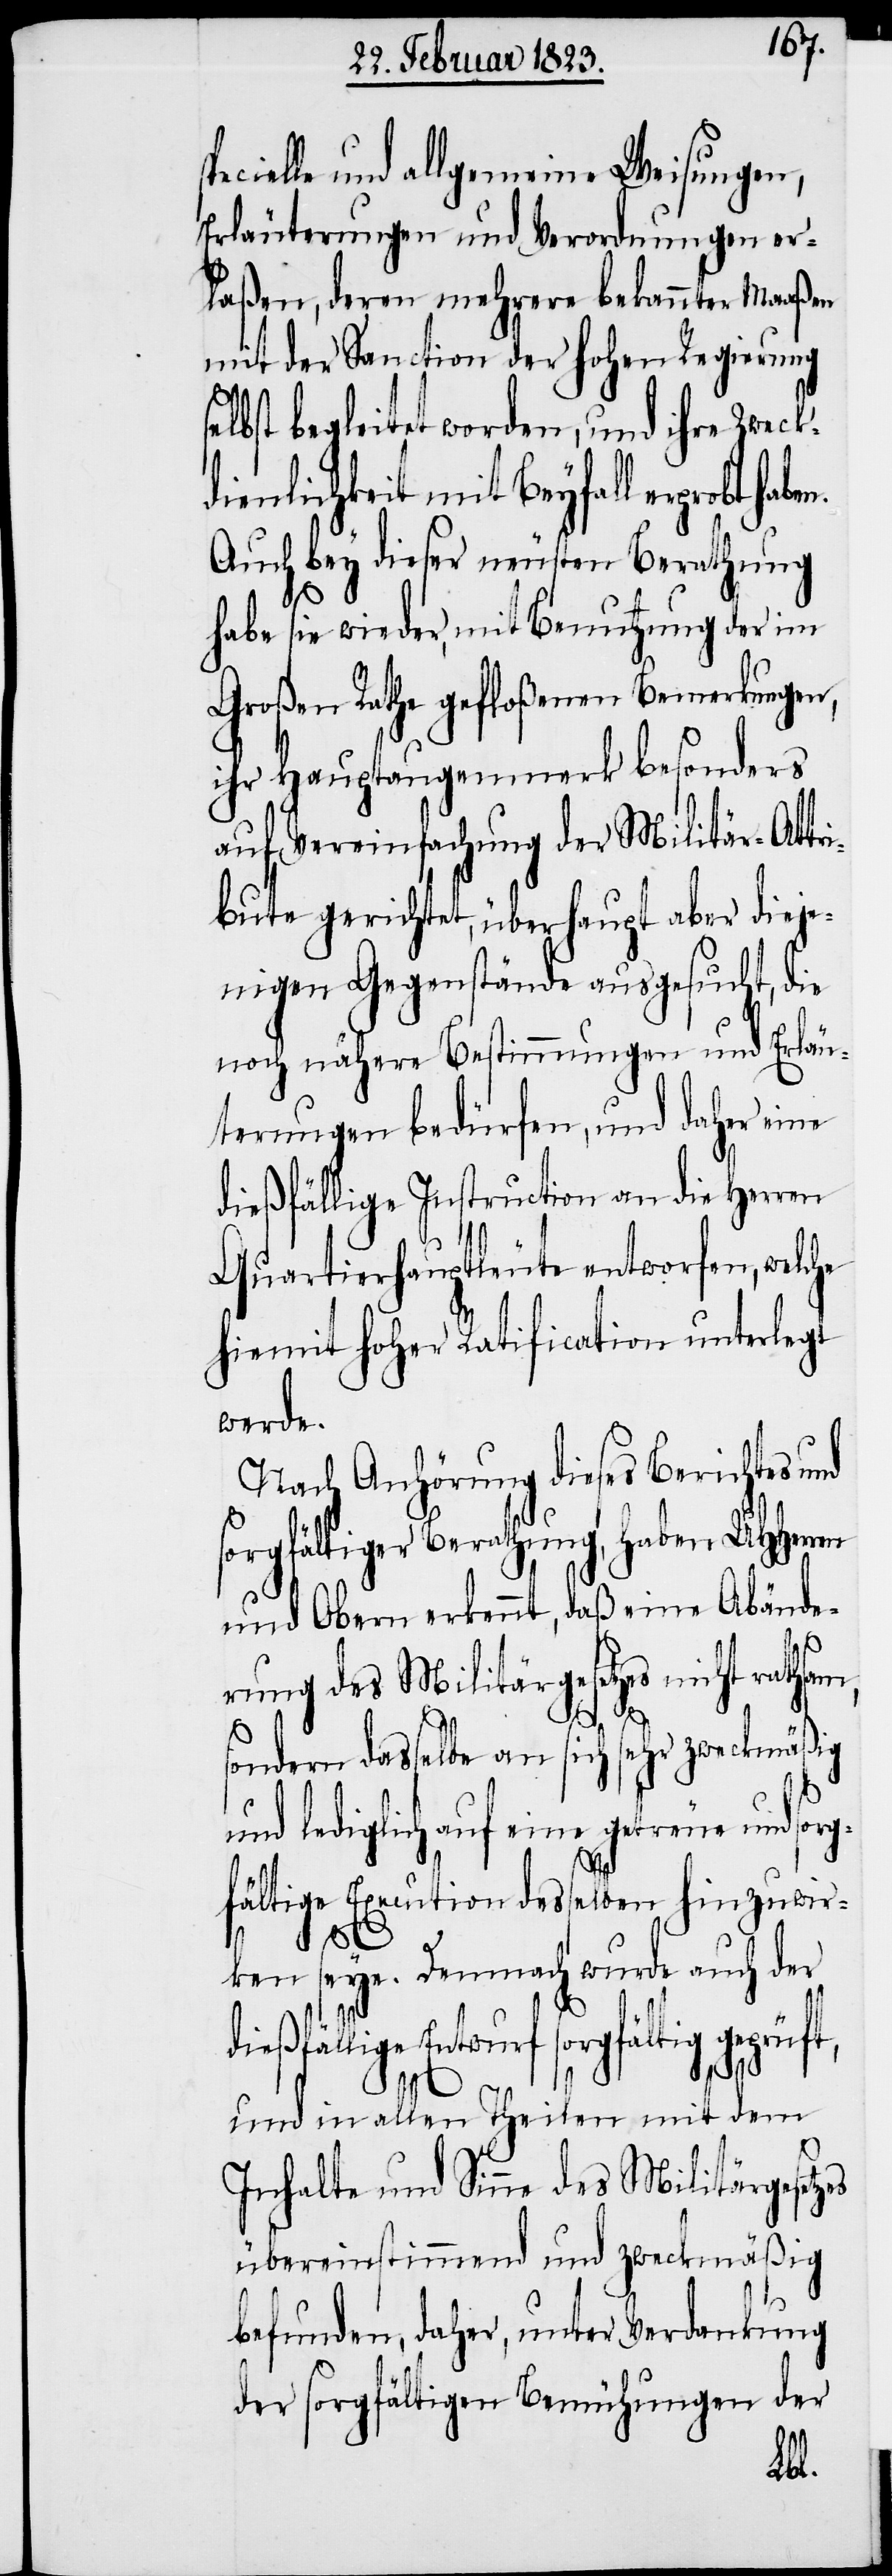
pecielle und allgemeine Weisungen,
Erläuterungen und Verordnungen er¬
laßen, deren mehrere bekannter Maaßen
mit der Sanction der hohen Regierung
selbst begleitet worden, und ihre Zweck¬
dienlichkeit mit Beyfall erprobt
Auch bey dieser neusten Berathung
habe sie wieder, mit Benutzung der im
Großen Rathe gefloßenen Bemerkungen,
ihr Hauptaugenmerk besonders
auf Vereinfachung der Militär-Attr¬
ibute gerichtet, überhaupt aber dieje¬
nigen Gegenstände ausgesucht, die
noch nähere Bestimmungen und Erläu¬
terungen bedürfen, und daher eine
dießfällige Instruction an die Herren
Quartierhauptleute entworfen, welche
hiemit hoher Ratification unterlegt
werde.
Nach Anhörung dieses Berichtes und
sorgfältiger Berathung, haben UHHerren
und Obern erkennt, daß eine Abände¬
rung des Militärgesetzes nicht rath¬
sondern dasselbe an sich sehr zweckmäßig
u¬
nd lediglich auf eine getreue und
fältige Execution desselben hinzuwir¬
sam,
ken seye. Demnach wurde auch der
dießfällige Entwurf sorgfältig geprüft,
s¬
und in allen Theilen mit dem
Inhalte und Sinne des Militärgesetzes
übereinstimmend und zweckmäßig
befunden, daher, unter Verdankung
der sorgfältigen Bemühungen der
sorg¬